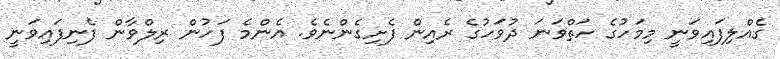
ގެއްލިފައިވަނީ މިމަހުގެ ހަތްވަނަ ދުވަހުގެ ރެއިން ފެށިގެންނެވެ. އެންމެ ފަހުން ރިލްވާން ފެނިފައިވަނީ